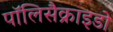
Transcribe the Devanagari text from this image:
पॉलिसैक्राइडो